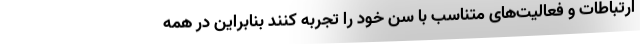
ارتباطات و فعالیت‌های متناسب با سن خود را تجربه کنند بنابراین در همه